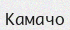
Камачо